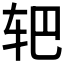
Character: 𰹻